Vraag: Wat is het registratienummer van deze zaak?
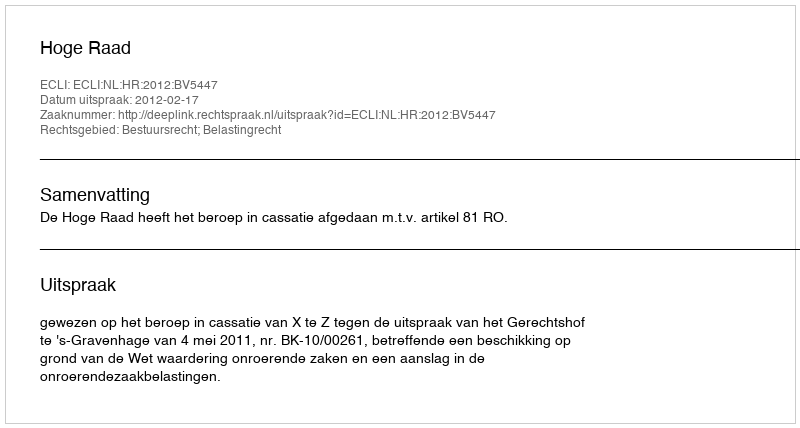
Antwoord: http://deeplink.rechtspraak.nl/uitspraak?id=ECLI:NL:HR:2012:BV5447